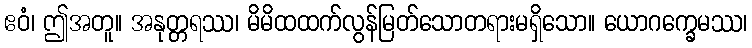
ဧဝံ၊ ဤအတူ။ အနုတ္တရဿ၊ မိမိထထက်လွန်မြတ်သောတရားမရှိသော။ ယောဂက္ခေမဿ၊